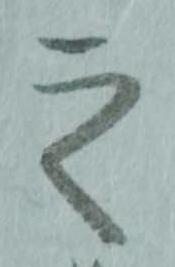
之